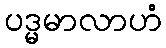
ပဒ္မမာလာဟံ